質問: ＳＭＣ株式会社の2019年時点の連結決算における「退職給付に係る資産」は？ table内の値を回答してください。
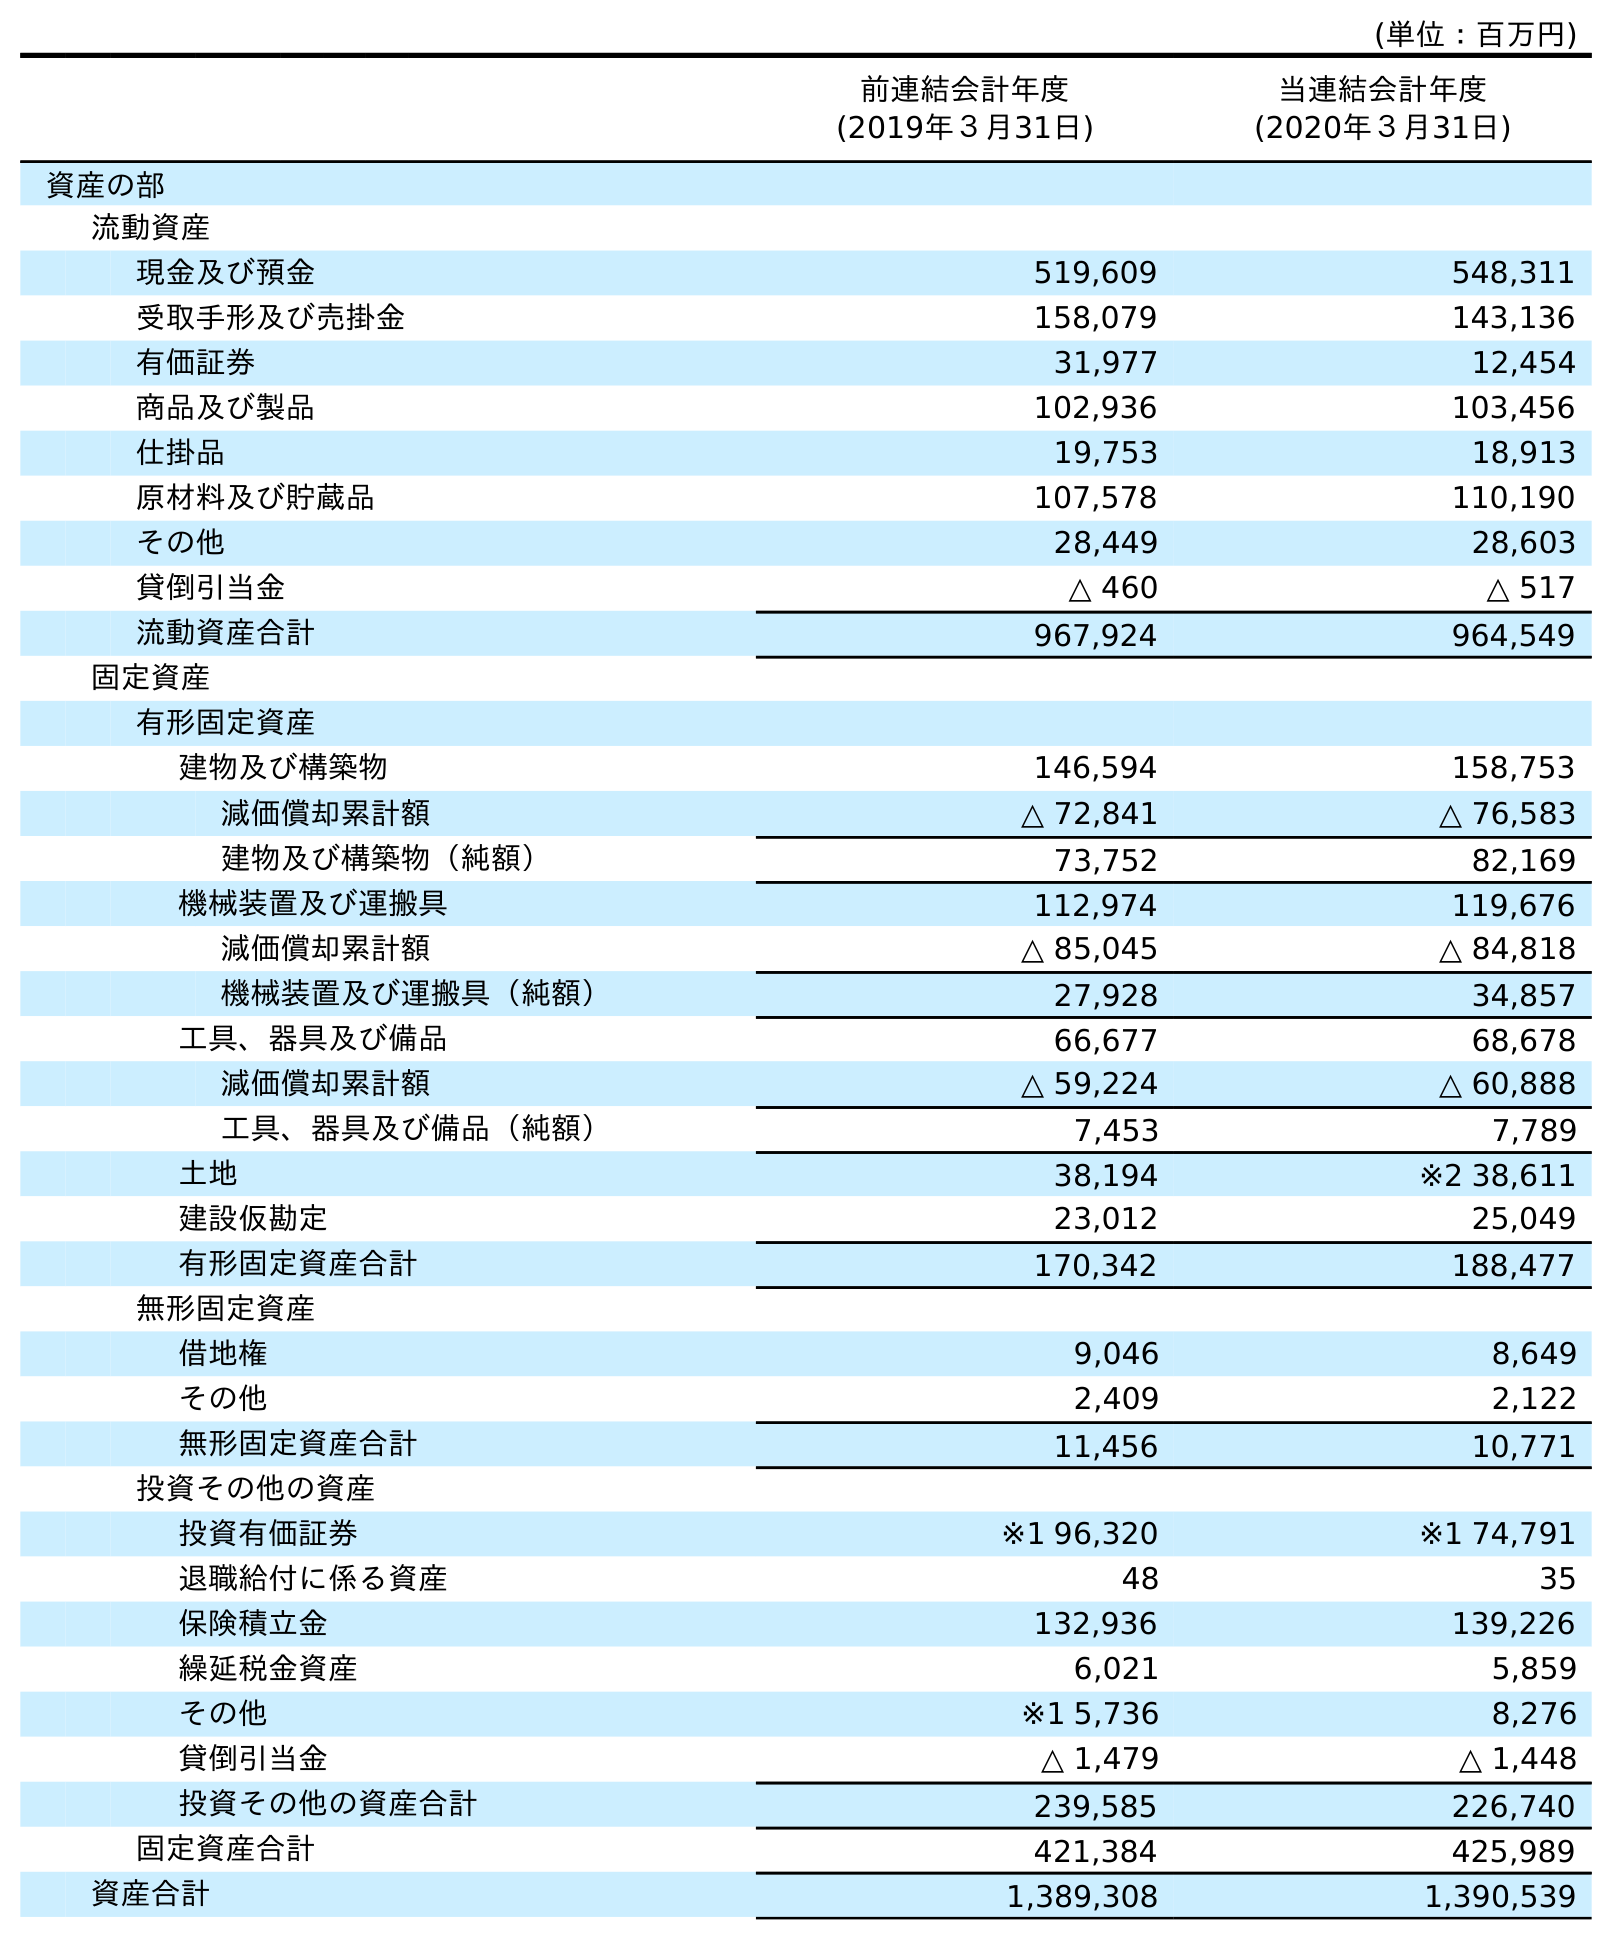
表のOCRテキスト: (単位：百万円) 前連結会計年度 (2019年３月31日) 当連結会計年度 (2020年３月31日) 資産の部 流動資産 現金及び預金 519,609 548,311 受取手形及び売掛金 158,079 143,136 有価証券 31,977 12,454 商品及び製品 102,936 103,456 仕掛品 19,753 18,913 原材料及び貯蔵品 107,578 110,190 その他 28,449 28,603 貸倒引当金 △ 460 △ 517 流動資産合計 967,924 964,549 固定資産 有形固定資産 建物及び構築物 146,594 158,753 減価償却累計額 △ 72,841 △ 76,583 建物及び構築物（純額） 73,752 82,169 機械装置及び運搬具 112,974 119,676 減価償却累計額 △ 85,045 △ 84,818 機械装置及び運搬具（純額） 27,928 34,857 工具、器具及び備品 66,677 68,678 減価償却累計額 △ 59,224 △ 60,888 工具、器具及び備品（純額） 7,453 7,789 土地 38,194 ※2 38,611 建設仮勘定 23,012 25,049 有形固定資産合計 170,342 188,477 無形固定資産 借地権 9,046 8,649 その他 2,409 2,122 無形固定資産合計 11,456 10,771 投資その他の資産 投資有価証券 ※1 96,320 ※1 74,791 退職給付に係る資産 48 35 保険積立金 132,936 139,226 繰延税金資産 6,021 5,859 その他 ※1 5,736 8,276 貸倒引当金 △ 1,479 △ 1,448 投資その他の資産合計 239,585 226,740 固定資産合計 421,384 425,989 資産合計 1,389,308 1,390,539
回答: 48